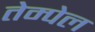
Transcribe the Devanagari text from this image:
तेम्पेल